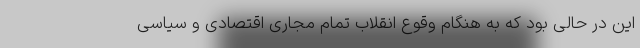
این در حالی بود که به هنگام وقوع انقلاب تمام مجاری اقتصادی و سیاسی